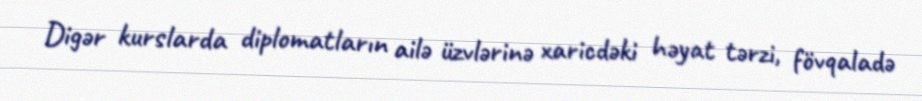
Digər kurslarda diplomatların ailə üzvlərinə xaricdəki həyat tərzi, fövqaladə